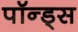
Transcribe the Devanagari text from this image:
पॉन्ड्स